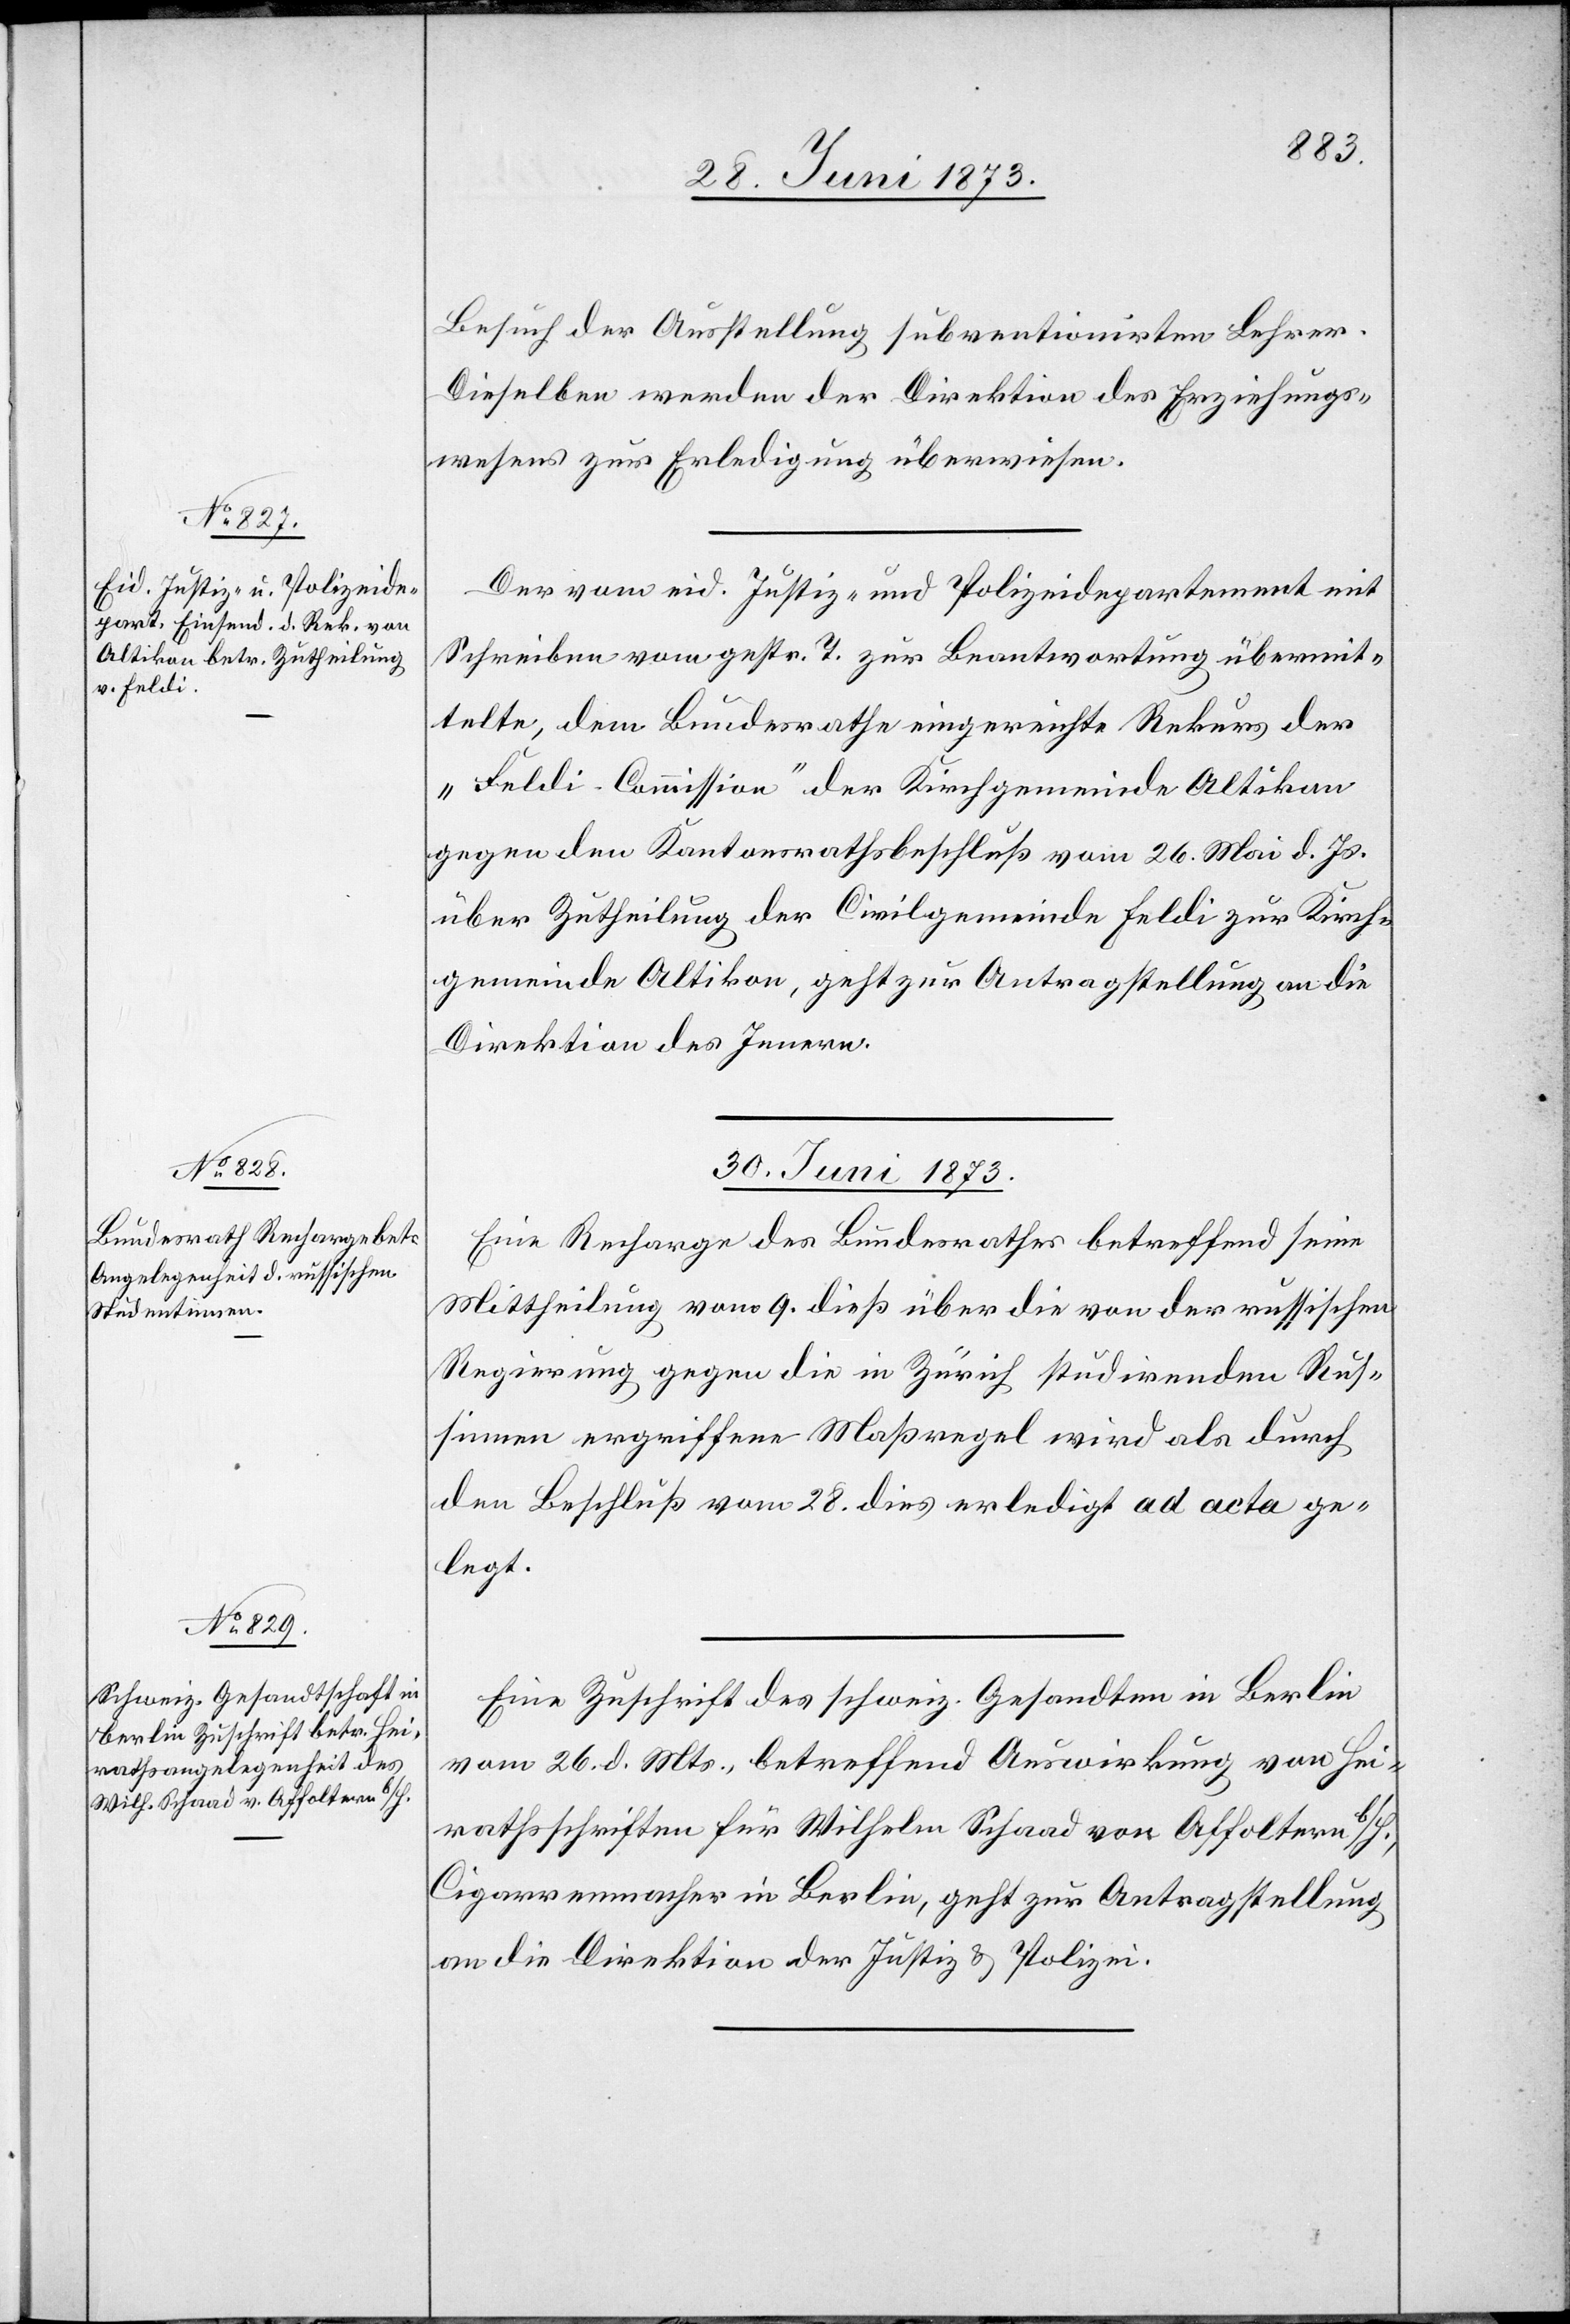
28. Juni 1873.]
Besuch der Ausstellung subventionirten Lehrer.
Dieselben werden der Direktion des Erziehungs¬
wesens zur Erledigung überwiesen.
Der vom eid. Justiz- und Polizeidepartement mit
Schreiben vom gestr. T. zur Beantwortung übermit¬
telte, dem Bundesrathe eingereichte Rekurs der
„Feldi-Commission“ der Kirchgemeinde Altikon
gegen den Kantonsrathsbeschluß vom 26. Mai d. Js.
über Zutheilung der Civilgemeinde Feldi zur Kirch¬
gemeinde Altikon, geht zur Antragstellung an die
Direktion des Innern.
30. Juni 1873.]
Eine Recharge des Bundesrathes betreffend seine
Mittheilung vom 9. dieß über die von der russischen
Regierung gegen die in Zürich studirenden Rus¬
sinnen ergriffene Maßregel wird als durch
den Beschluß vom 28. dies erledigt ad acta ge¬
legt.
Eine Zuschrift des schweiz. Gesandten in Berlin
vom 26. d. Mts., betreffend Auswirkung von Hei¬
rathsschriften für Wilhelm Schaad von Affoltern b/H.,
Cigarrenmacher in Berlin, geht zur Antragstellung
an die Direktion der Justiz & Polizei.